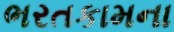
ભરતકામના